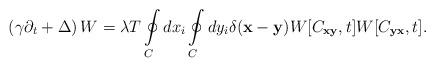
LaTeX: \begin{align*}\left(\gamma\partial_t+\Delta\right)W=\lambda T\oint\limits_{C}^{}dx_i\oint\limits_{C}^{}dy_i\delta({\bf x}-{\bf y})W[C_{\bf xy},t]W[C_{\bf yx},t].\end{align*}